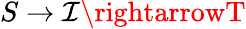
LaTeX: S\rightarrow\mathcal{I}\rightarrowT